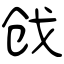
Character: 戗